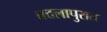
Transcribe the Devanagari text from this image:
बदलापुरात